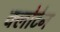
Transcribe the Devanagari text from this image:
क्लोटेन